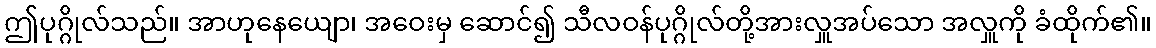
ဤပုဂ္ဂိုလ်သည်။ အာဟုနေယျော၊ အဝေးမှ ဆောင်၍ သီလဝန်ပုဂ္ဂိုလ်တို့အားလှူအပ်သော အလှူကို ခံထိုက်၏။